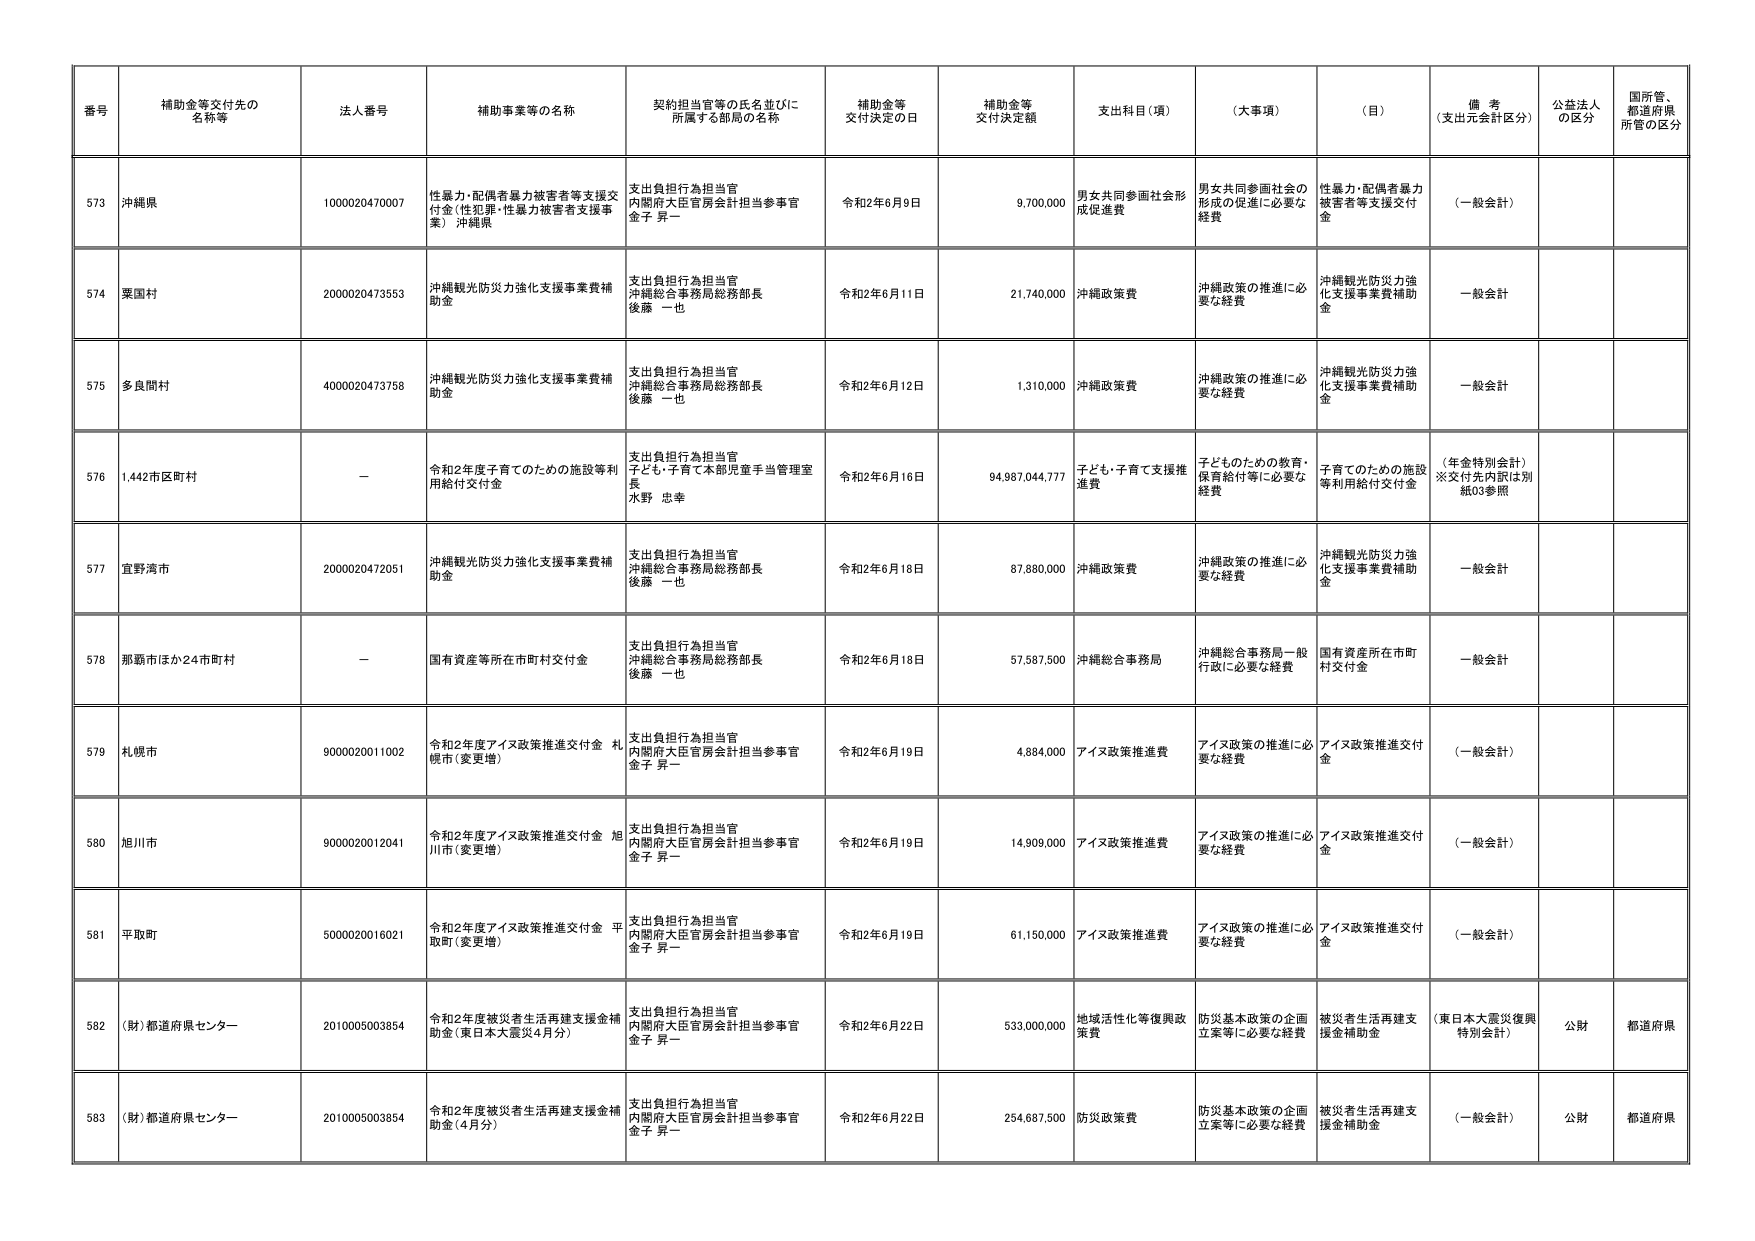
番号 補助金等交付先の名称等 法人番号 補助事業等の名称 契約担当官等の氏名並びに所属する部局の名称 補助金等交付決定の日 補助金等交付決定額 支出科目（項） （大事項） （目） 備考（支出元会計区分） 公益法人の区分 国所管、都道府県所管の区分

573 沖縄県 1000020470007 性暴力・配偶者暴力被害者等支援交付金（性犯罪・性暴力被害者支援事業） 沖縄県 支出負担行為担当官 内閣府大臣官房会計担当参事官 金子 昇一 令和2年6月9日 9,700,000 男女共同参画社会形成促進費 男女共同参画社会の形成の促進に必要な経費 性暴力・配偶者暴力被害者等支援交付金 （一般会計）

574 栗国村 2000020473553 沖縄観光防災力強化支援事業費補助金 支出負担行為担当官 沖縄総合事務局総務部長 後藤 一也 令和2年6月11日 21,740,000 沖縄政策費 沖縄政策の推進に必要な経費 沖縄観光防災力強化支援事業費補助金 一般会計

575 多良間村 4000020473758 沖縄観光防災力強化支援事業費補助金 支出負担行為担当官 沖縄総合事務局総務部長 後藤 一也 令和2年6月12日 1,310,000 沖縄政策費 沖縄政策の推進に必要な経費 沖縄観光防災力強化支援事業費補助金 一般会計

576 1,442市区町村 — 令和2年度子育てのための施設等利用給付交付金 支出負担行為担当官 子ども・子育て本部児童手当管理室長 水野 忠幸 令和2年6月16日 94,987,044,777 子ども・子育て支援推進費 子どものための教育・保育給付等に必要な経費 子育てのための施設等利用給付交付金 （年金特別会計）※交付先内訳は別紙03参照

577 宜野湾市 2000020472051 沖縄観光防災力強化支援事業費補助金 支出負担行為担当官 沖縄総合事務局総務部長 後藤 一也 令和2年6月18日 87,880,000 沖縄政策費 沖縄政策の推進に必要な経費 沖縄観光防災力強化支援事業費補助金 一般会計

578 那覇市ほか24市町村 — 国有資産等所在市町村交付金 支出負担行為担当官 沖縄総合事務局総務部長 後藤 一也 令和2年6月18日 57,587,500 沖縄総合事務局 沖縄総合事務局一般行政に必要な経費 国有資産所在市町村交付金 一般会計

579 札幌市 9000020011002 令和2年度アイヌ政策推進交付金 札幌市（変更増） 支出負担行為担当官 内閣府大臣官房会計担当参事官 金子 昇一 令和2年6月19日 4,884,000 アイヌ政策推進費 アイヌ政策の推進に必要な経費 アイヌ政策推進交付金 （一般会計）

580 旭川市 9000020012041 令和2年度アイヌ政策推進交付金 旭川市（変更増） 支出負担行為担当官 内閣府大臣官房会計担当参事官 金子 昇一 令和2年6月19日 14,909,000 アイヌ政策推進費 アイヌ政策の推進に必要な経費 アイヌ政策推進交付金 （一般会計）

581 平取町 5000020016021 令和2年度アイヌ政策推進交付金 平取町（変更増） 支出負担行為担当官 内閣府大臣官房会計担当参事官 金子 昇一 令和2年6月19日 61,150,000 アイヌ政策推進費 アイヌ政策の推進に必要な経費 アイヌ政策推進交付金 （一般会計）

582 （財）都道府県センター 2010005003854 令和2年度被災者生活再建支援金補助金（東日本大震災4月分） 支出負担行為担当官 内閣府大臣官房会計担当参事官 金子 昇一 令和2年6月22日 533,000,000 地域活性化等復興政策費 防災基本政策の企画立案等に必要な経費 被災者生活再建支援金補助金 （東日本大震災復興特別会計） 公財 都道府県

583 （財）都道府県センター 2010005003854 令和2年度被災者生活再建支援金補助金（4月分） 支出負担行為担当官 内閣府大臣官房会計担当参事官 金子 昇一 令和2年6月22日 254,687,500 防災政策費 防災基本政策の企画立案等に必要な経費 被災者生活再建支援金補助金 （一般会計） 公財 都道府県